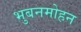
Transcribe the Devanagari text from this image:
भुबनमोहन